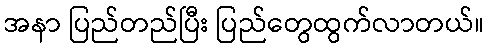
အနာ ပြည်တည်ပြီး ပြည်တွေထွက်လာတယ်။